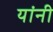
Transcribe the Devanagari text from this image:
यांनी